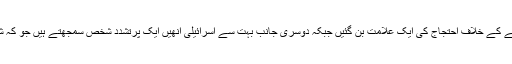
فلسطینیوں کے لیے احد تمیمی اسرائیلی قبضے کے خلاف احتجاج کی ایک علامت بن گئیں جبکہ دوسری جانب بہت سے اسرائیلی انھیں ایک پرتشدد شخص سمجھتے ہیں جو کہ شہرت حاصل کرنے کی کوشش کر رہی ہیں۔